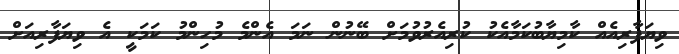
ވިޔަފާރިއެއް ކާމިޔާބުކަމާއެކު ކުރިއެރުވުމަށް ބޭނުން ނަމަ އެންމެ މުހިންމު ކަމަކީ އެ ވިޔަފާރިއަށް